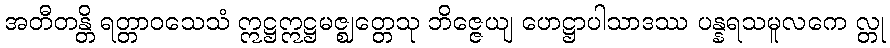
အတီတန္တိ ရတ္တာဝသေသံ ဣဋ္ဌဣဋ္ဌမဇ္ဈတ္တေသု ဘိဇ္ဇေယျ ဟေဋ္ဌာပါသာဒဿ ပန္နရသမူလကေ လ္တု